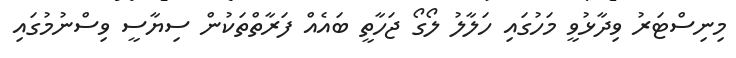
މިނިސްޓަރު ވިދާޅުވީ މަހުގައި ހަލާލު ލޯގޯ ޖަހާތީ ބައެއް ފަރާތްތަކުން ސިޔާސީ ވިސްނުމުގައި